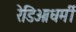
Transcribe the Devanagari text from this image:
रेडिओधर्मी